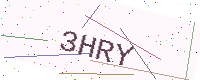
Text: 3HRY